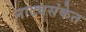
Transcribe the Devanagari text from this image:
नाट्यसंकेत